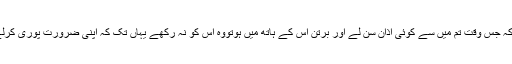
روایت آتی ہے کہ رسول اللہﷺ نے فرمایاکہ جس وقت تم میں سے کوئی اذان سن لے اور برتن اس کے ہاتھ میں ہوتووہ اس کو نہ رکھے یہاں تک کہ اپنی ضرورت پوری کرلے یعنی وہ جو کھا رہاہے وہ مکمل کرلے۔